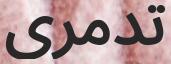
تدمرى